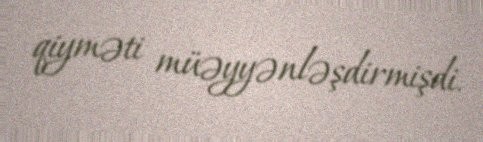
qiyməti müəyyənləşdirmişdi.